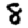
Digit: 8